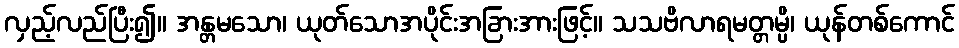
လှည့်လည်ပြီး၍။ အန္တမသော၊ ယုတ်သောအပိုင်းအခြားအားဖြင့်။ သသဗိလာရမတ္တမ္ပိ၊ ယုန်တစ်ကောင်